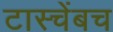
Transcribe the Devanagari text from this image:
टास्चेंबच